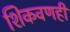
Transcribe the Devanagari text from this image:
शिकवणही